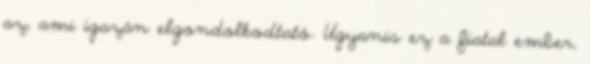
az, ami igazán elgondolkodtató. U­gyanis ez a fiatal ember,